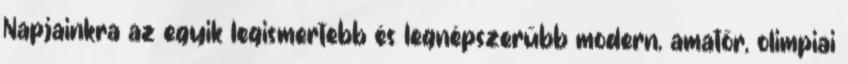
Napjainkra az egyik legismertebb és legnépszerűbb modern, amatőr, olimpiai